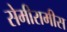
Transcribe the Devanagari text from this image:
सेमीरामीस